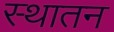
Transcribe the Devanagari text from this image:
स्थातन